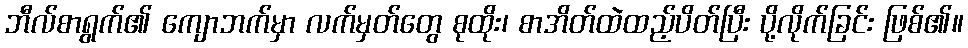
ဘီလ်စာရွက်၏ ကျောဘက်မှာ လက်မှတ်တွေ စုထိုး၊ စာအိတ်ထဲထည့်ပိတ်ပြီး ပို့လိုက်ခြင်း ဖြစ်၏။